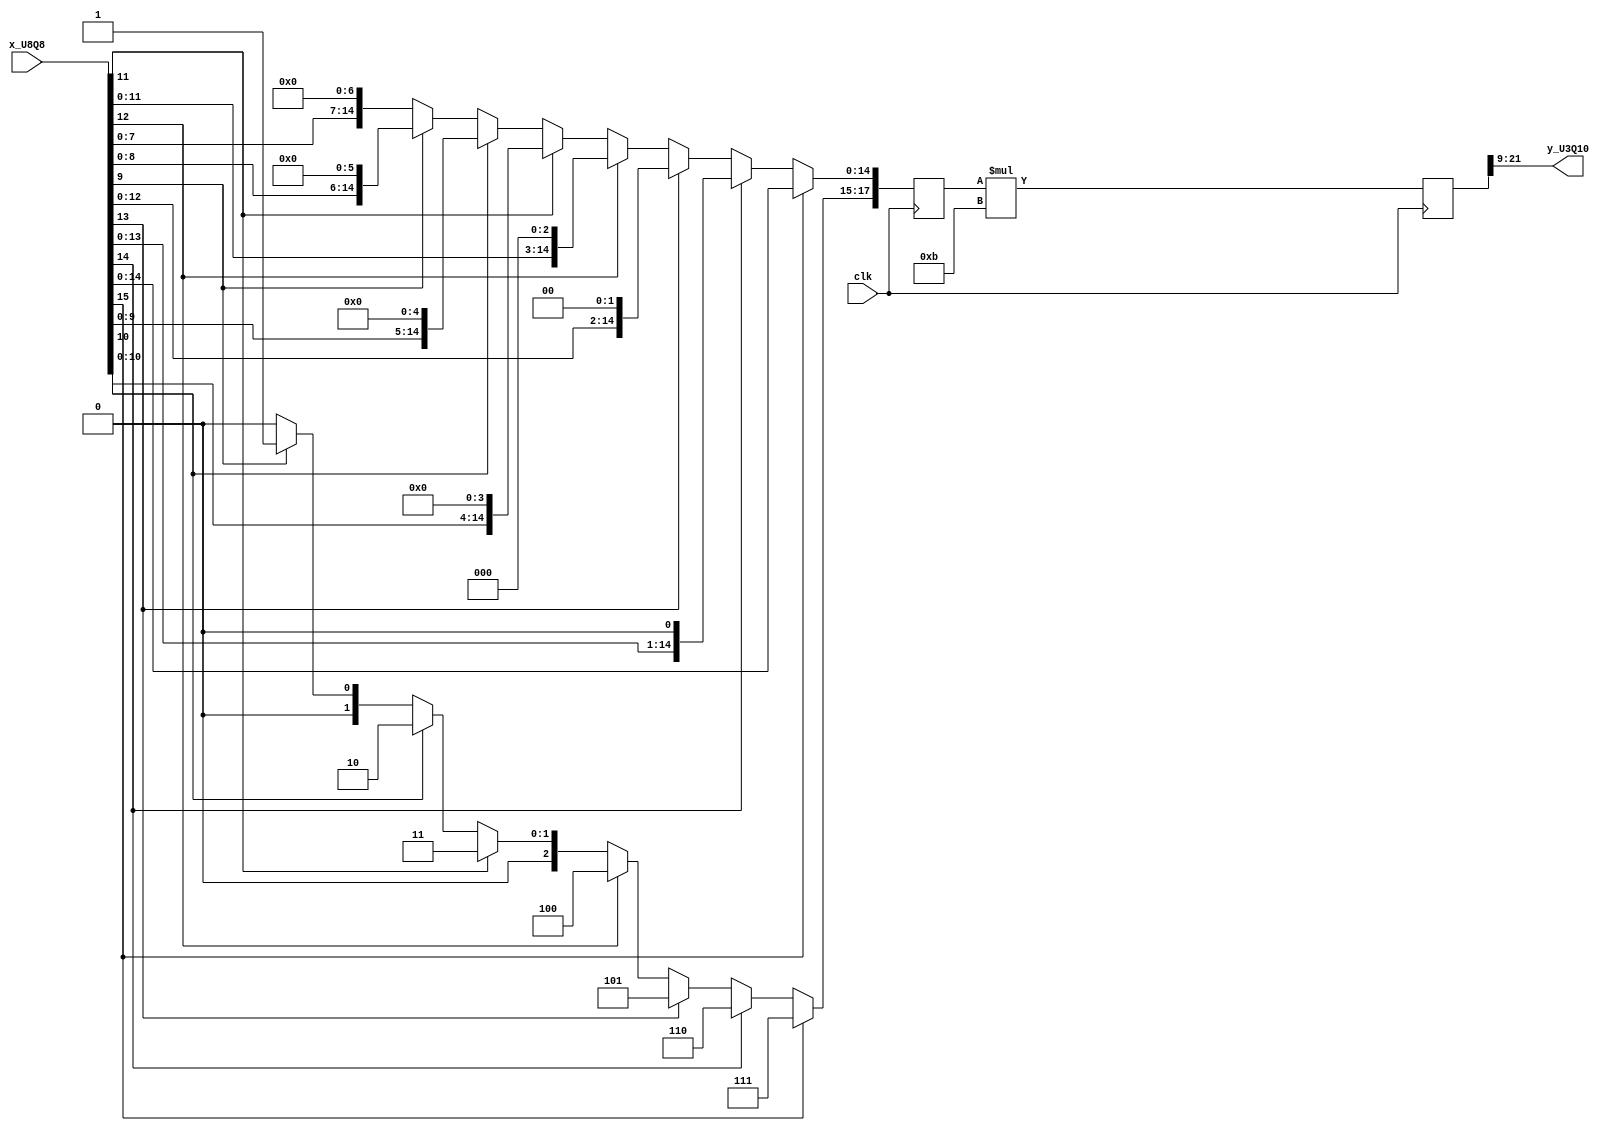
`timescale 1ns / 1ps 
module Ln_module(//latency=2
	input clk,
    input [15:0]    x_U8Q8,    
    output [12:0]   y_U3Q10    
);

reg [2:0] w; 

reg [14:0] k_1_0Q15;



always @(*) begin
    if (x_U8Q8[15]==1'b1)begin 
        w = 7;
        k_1_0Q15 = x_U8Q8[14:0];
    end
    else if (x_U8Q8[14]==1'b1)begin
        w = 6;
        k_1_0Q15 = {x_U8Q8[13:0],1'b0};
    end
    else if (x_U8Q8[13]==1'b1)begin
        w = 5;
        k_1_0Q15 = {x_U8Q8[12:0],2'b00};
    end
    else if (x_U8Q8[12]==1'b1)begin
        w = 4;
        k_1_0Q15 = {x_U8Q8[11:0],3'b000};
    end
    else if (x_U8Q8[11]==1'b1)begin
        w = 3;
        k_1_0Q15 = {x_U8Q8[10:0],4'b0000};
    end
    else if (x_U8Q8[10]==1'b1)begin
        w = 2;
        k_1_0Q15 = {x_U8Q8[9:0],5'b00000};
    end
    else if (x_U8Q8[9]==1'b1)begin
        w = 1;
        k_1_0Q15 = {x_U8Q8[8:0],6'b000000};
    end
    else begin
        w = 0;
        k_1_0Q15 = {x_U8Q8[7:0],7'b0000000};
    end
end


wire [17:0] k_1_w_3Q15 = {w,k_1_0Q15};
reg  [17:0] k_1_w_3Q15_reg1;
always@(posedge clk)begin
	k_1_w_3Q15_reg1<=k_1_w_3Q15;
end
wire [21:0] P_3Q19;
reg  [21:0] P_3Q19_reg1;
assign P_3Q19 = k_1_w_3Q15_reg1 * 4'b1011; 
always@(posedge clk)begin
	P_3Q19_reg1<=P_3Q19;
end
assign y_U3Q10 = P_3Q19_reg1[21:9];
endmodule